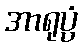
အာရုပ္ပံ